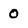
Character: 0